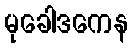
မုခေါဒကေန